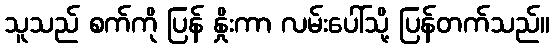
သူသည် စက်ကို ပြန် နှိုးကာ လမ်းပေါ်သို့ ပြန်တက်သည်။